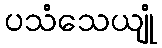
ပသံသေယျုံ